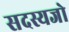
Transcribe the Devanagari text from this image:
सदस्यजो